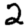
Digit: 2